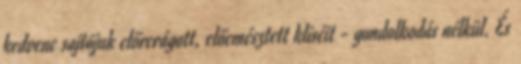
kedvenc sajtójuk előrerágott, előemésztett kliséit - gondolkodás nélkül. És